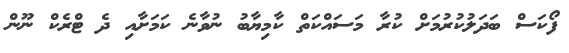
ފޯކަސް ބަދަލުކުރުމަށް ކުރާ މަސައްކަތް ކާމިޔާބު ނުވާނެ ކަމަށާއި ދެ ޓްރެކް ނޫން